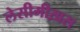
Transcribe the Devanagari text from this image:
लेसीमीख़स